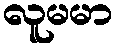
လူမမာ